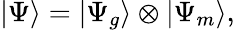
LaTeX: |\Psi\rangle=|\Psi_{g}\rangle\otimes|\Psi_{m}\rangle,